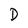
Character: D